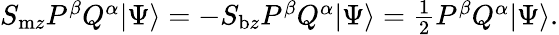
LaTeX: \begin{array}{r}{S_{\mathrm{m}z}P^{\beta}Q^{\alpha}\vert\Psi\rangle=-S_{\mathrm{b}z}P^{\beta}Q^{\alpha}\vert\Psi\rangle=\frac{1}{2}P^{\beta}Q^{\alpha}\vert\Psi\rangle.}\end{array}